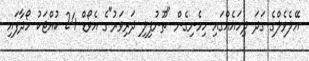
އޭލެވެލްގެ ގަދަ ދިހައެއްގައި ހިމެނިގެން "ތޫނުފިލި ދަރިވަރު"ގެ އެވޯޑް 24 ކުއްޖަކު ހޯދާފައި